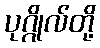
ပုဂ္ဂိုလ်တို့